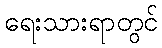
ရေးသားရာတွင်